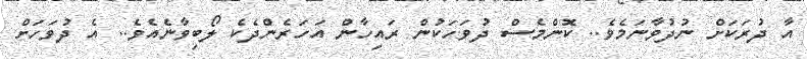
އާ ދުރަކަށް ނުދުވާނަމެވެ.. ކޮންމެސް ދުވަހަކުން ރައިހާން އަހަރެންދެކެ ލޯބިވާނެއެވެ.. އެ ދުވަހަށް